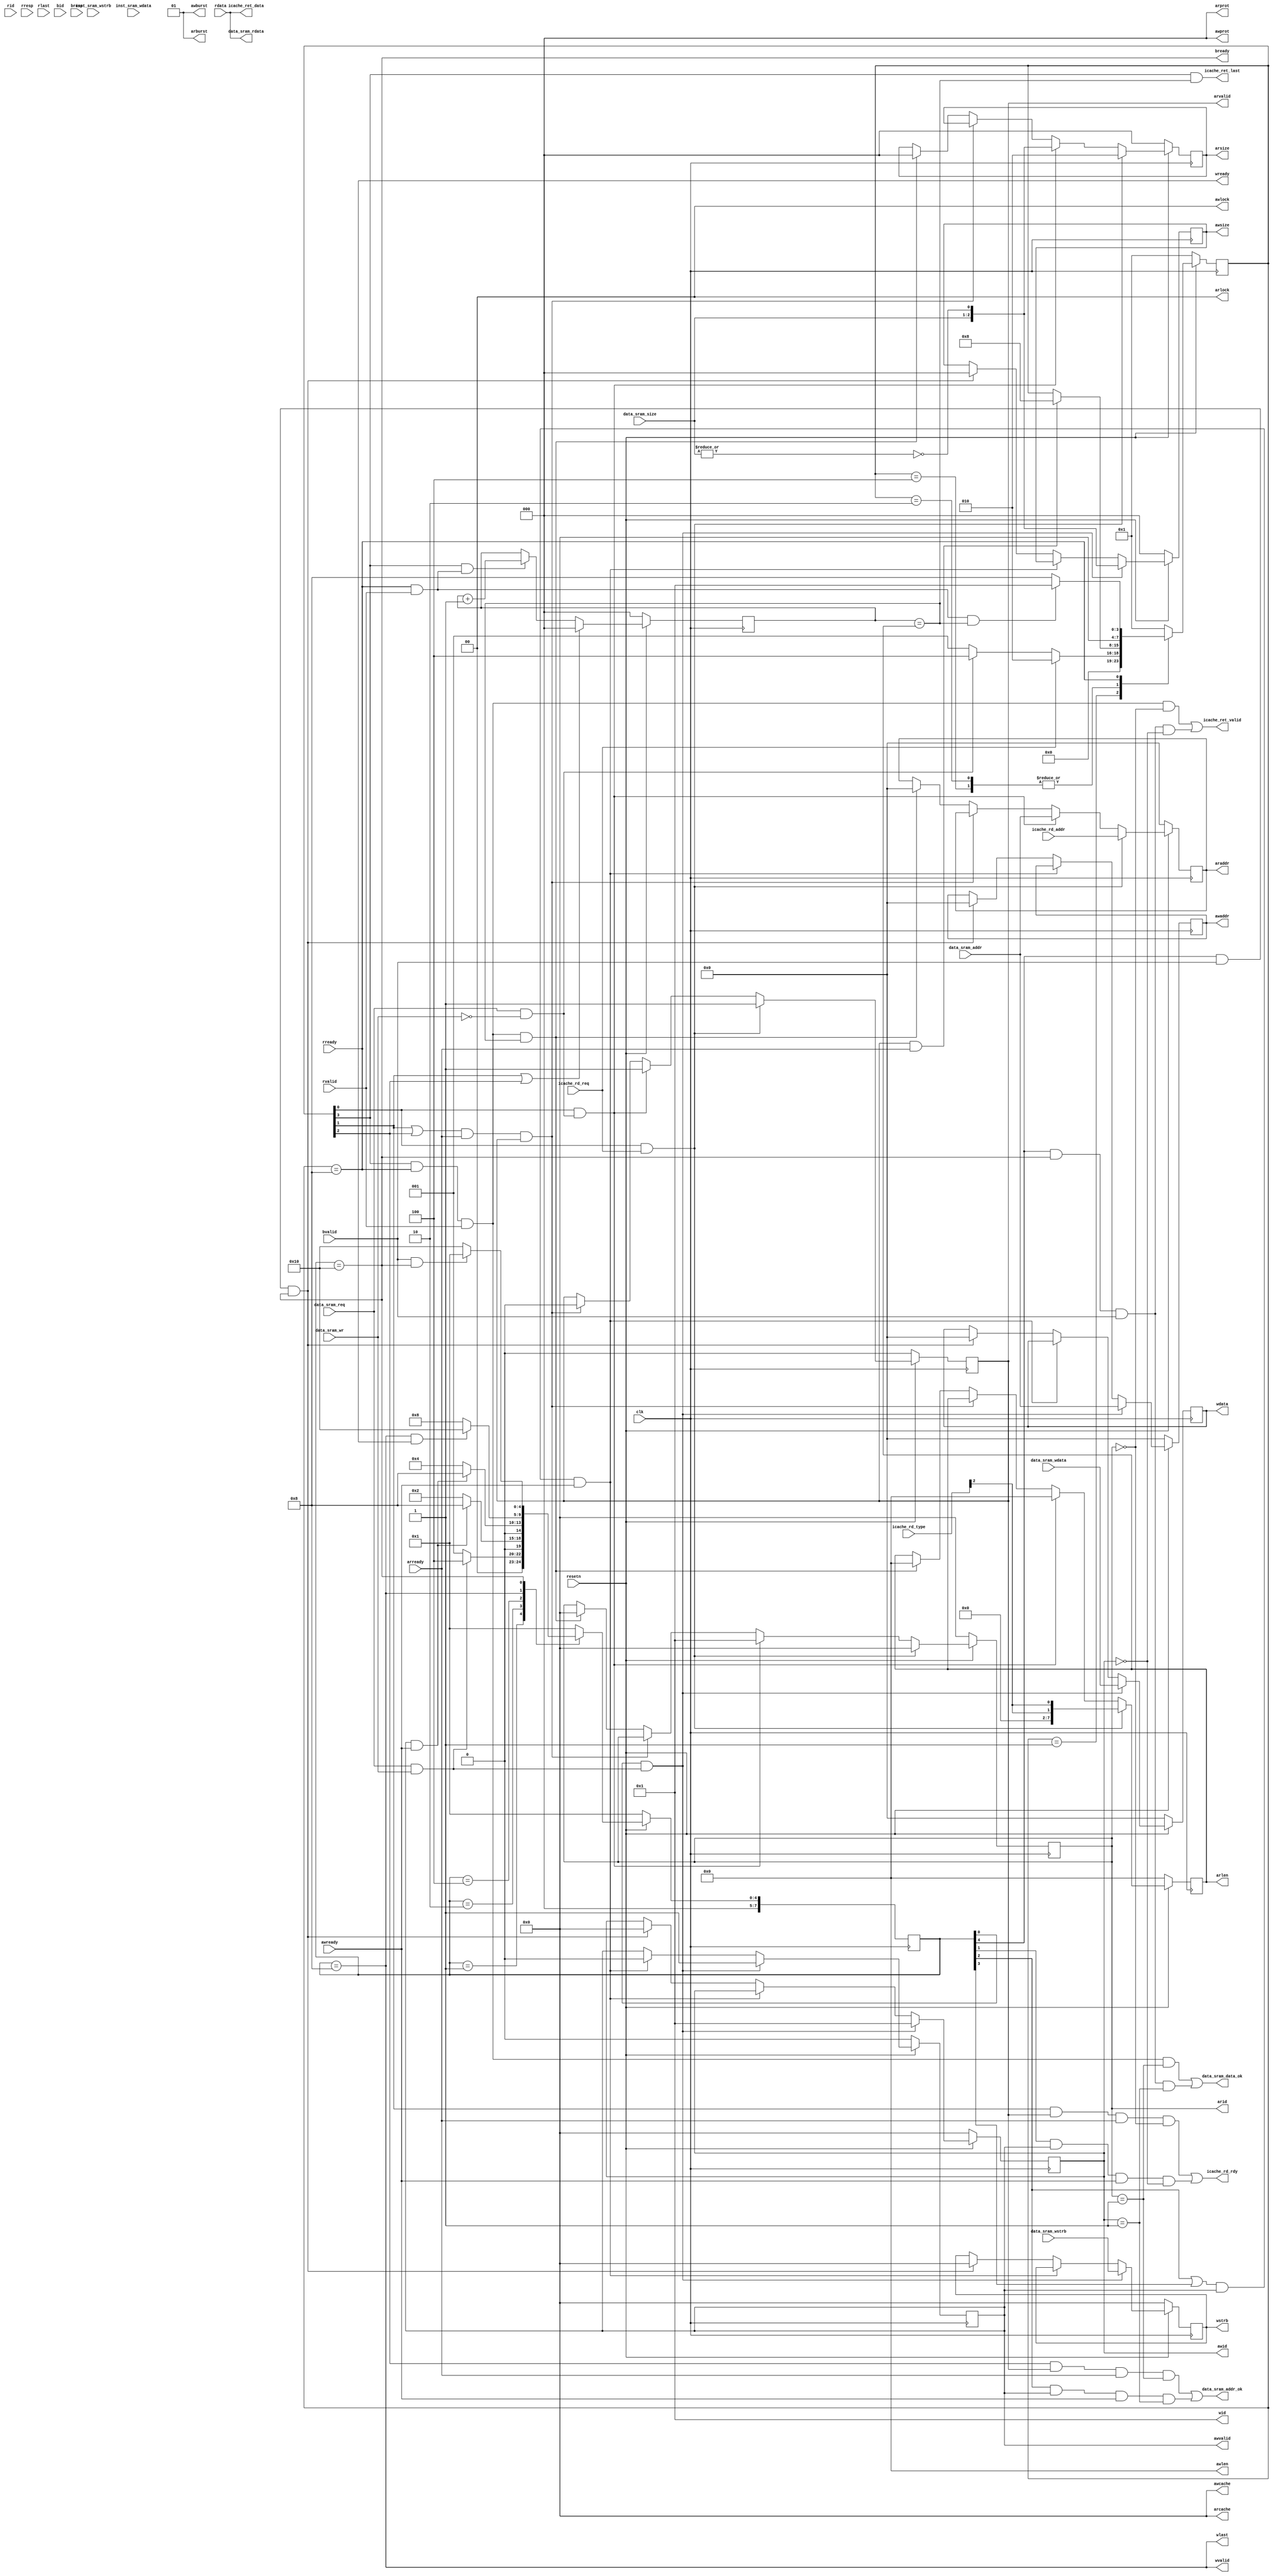
module axi_bridge(
    input         clk,
    input         resetn,
    /*input         inst_sram_req,
    input         inst_sram_wr,
    input  [ 1:0] inst_sram_size,*/
    input  [ 3:0] inst_sram_wstrb,
    /*input  [31:0] inst_sram_addr,*/
    input  [31:0] inst_sram_wdata,
    /*output        inst_sram_addr_ok,
    output        inst_sram_data_ok,
    output [31:0] inst_sram_rdata,*/
    //icache read
    input         icache_rd_req,
    input  [ 2:0] icache_rd_type,
    input  [31:0] icache_rd_addr,
    output        icache_rd_rdy,
    output        icache_ret_valid,
    output        icache_ret_last,
    output [31:0] icache_ret_data,

    input         data_sram_req,
    input         data_sram_wr,
    input  [ 1:0] data_sram_size,
    input  [ 3:0] data_sram_wstrb,
    input  [31:0] data_sram_addr,
    input  [31:0] data_sram_wdata,
    output        data_sram_addr_ok,
    output        data_sram_data_ok,
    output [31:0] data_sram_rdata,
    output [ 3:0] arid,         //id01
    output [31:0] araddr,       //
    output [ 7:0] arlen,        //0
    output [ 2:0] arsize,       //
    output [ 1:0] arburst,      //0b01
    output [ 1:0] arlock,       //0
    output [ 3:0] arcache,      //cache0
    output [ 2:0] arprot,       //0
    output        arvalid,      //
    input         arready,      //slave
    input  [ 3:0] rid,          //idridarid01
    input  [31:0] rdata,        //
    input  [ 1:0] rresp,        //
    input         rlast,        //
    input         rvalid,       //
    input         rready,       //master
    output [ 3:0] awid,         //id1
    output [31:0] awaddr,       //
    output [ 7:0] awlen,        //0
    output [ 2:0] awsize,       //
    output [ 1:0] awburst,      //0b01
    output [ 1:0] awlock,       //0
    output [ 3:0] awcache,      //cache0
    output [ 2:0] awprot,       //0
    output        awvalid,      //
    input         awready,      //slave
    output [ 3:0] wid,          //id1
    output [31:0] wdata,        //
    output [ 3:0] wstrb,        //
    output        wlast,        //1
    output        wvalid,       //
    output        wready,       //slave
    input  [ 3:0] bid,          //idbidwidawid
    input  [ 1:0] bresp,        //
    input         bvalid,       //
    output        bready        //master
);

wire [2:0] asize_data;
wire [2:0] asize_inst;
wire [7:0] inst_rd_len;
assign asize_data = {data_sram_size[1:0], ~(|data_sram_size[1:0])};
// assign asize_inst = {inst_sram_size[1:0], ~(|inst_sram_size[1:0])};
assign asize_inst = 3'd2;
//assign inst_rd_len = {3{icache_rd_type[2]}};
assign inst_rd_len = {6'b0, {2{icache_rd_type[2]}}};


/******************** DECALRATION ********************/

reg [7:0] r_cur_state;
reg [7:0] r_next_state;
reg [7:0] w_cur_state;
reg [7:0] w_next_state;
reg [ 3:0] arid_r;
reg [31:0] araddr_r;
reg [ 7:0] arlen_r;
reg [ 2:0] arsize_r;
reg        arvalid_r;
reg [ 2:0] rd_count;
reg [ 3:0] awid_r;
reg [31:0] awaddr_r;
reg [ 2:0] awsize_r;
reg        awvalid_r;
reg [31:0] wdata_r;
reg [ 3:0] wstrb_r;
wire cpu_inst_read_req;
wire cpu_inst_write_req;
wire cpu_data_read_req;
wire cpu_data_write_req;
/******************** READ STATE MACHINE ********************/

localparam READ_INIT = 8'h01,           //r_cur_state[0]      
           READ_INST_REQ = 8'h02,       //r_cur_state[1]    
           READ_DATA_REQ = 8'h04,       //r_cur_state[2]    
           READ_DONE = 8'h08;           //r_cur_state[3]  

always @(posedge clk) begin
    if(!resetn)
        r_cur_state <= READ_INIT;
    else
        r_cur_state <= r_next_state;
end

always @(*) begin
    case(r_cur_state)
        READ_INIT: begin
            if(cpu_inst_read_req)
                r_next_state = READ_INST_REQ;
            else if(cpu_data_read_req)
                r_next_state = READ_DATA_REQ;
            else
                r_next_state = READ_INIT;
        end
        READ_INST_REQ, READ_DATA_REQ: begin
            if(arvalid_r & arready)
                r_next_state = READ_DONE;
            else
                r_next_state = r_cur_state;
        end
        READ_DONE: begin
            if(rready & rvalid & (rd_count == arlen_r) )
                r_next_state = READ_INIT;
            else 
                r_next_state = READ_DONE;
        end
        default: 
            r_next_state = READ_INIT;
    endcase
end

always @(posedge clk) begin
    if(~resetn) begin
        arid_r <= 4'b0;
        arvalid_r <= 1'b0;
        arsize_r <= 3'b0;
        araddr_r <= 32'b0;
        arlen_r <= 8'b0;
    end
    else if(r_cur_state[0] & cpu_inst_read_req) begin
        arid_r <= 4'b0;
        arvalid_r <= 1'b1;
        arsize_r <= asize_inst;
        araddr_r <= icache_rd_addr;
        arlen_r <= inst_rd_len;
    end
    else if(r_cur_state[0] & cpu_data_read_req) begin
        arid_r <= 4'b1;
        arvalid_r <= 1'b1;
        arsize_r <= asize_data;
        araddr_r <= data_sram_addr;
        arlen_r <= 8'b0;
    end
    else if((r_cur_state[1] | r_cur_state[2]) & arready & arvalid) begin       
        arvalid_r <= 1'b0;
    end
    else if(r_cur_state[3] & rready & rvalid & (rd_count == arlen_r)) begin
        arid_r <= 4'b0;
        arsize_r <= 3'b0;
        araddr_r <= 32'b0;
        arlen_r <= 8'b0;
    end
end

/******************** READ COMBINATIONAL LOGIC ********************/

assign arid = arid_r;
assign araddr = araddr_r;
assign arlen = arlen_r;
assign arsize = arsize_r;
assign arburst = 2'b01;
assign arlock = 2'b0;
assign arcache = 4'b0;
assign arprot = 3'b0;
assign arvalid = arvalid_r;
assign rready = (r_cur_state == READ_DONE);

/******************** READ BURST ********************/
 always @(posedge clk) begin
        if(~resetn)
            rd_count <= 3'b000;
        else if(r_cur_state[1] || r_cur_state[2])
            rd_count <= 3'b000;
        else if(r_cur_state[3] && rready & rvalid)
            rd_count <= rd_count + 3'b001;
    end
/******************** WRITE STATE MACHINE ********************/

localparam WRITE_INIT = 8'h01,          //w_cur_state[0]  
           WRITE_INST_REQ = 8'h02,      //w_cur_state[1]  
           WRITE_DATA_REQ = 8'h04,      //w_cur_state[2]  
           WRITE_DATA_OK = 8'h08,       //w_cur_state[3]  
           WRITE_DONE = 8'h10;          //w_cur_state[4]  

always @(posedge clk) begin
    if(!resetn)
        w_cur_state <= WRITE_INIT;
    else
        w_cur_state <= w_next_state;
end

always @(*) begin
    case(w_cur_state)
        WRITE_INIT: begin
            if(cpu_inst_write_req)
                w_next_state = WRITE_INST_REQ;
            else if(cpu_data_write_req)
                w_next_state = WRITE_DATA_REQ;
            else
                w_next_state = WRITE_INIT;
        end
        WRITE_INST_REQ: begin
            if(awvalid & awready)
                w_next_state = WRITE_DATA_OK;
            else 
                w_next_state = WRITE_INST_REQ;
        end
        WRITE_DATA_REQ: begin
            if(awvalid & awready)
                w_next_state = WRITE_DATA_OK;
            else
                w_next_state = WRITE_DATA_REQ;
        end
        WRITE_DATA_OK: begin
            if(wvalid & wready)
                w_next_state = WRITE_DONE;
            else    
                w_next_state = WRITE_DATA_OK;
        end
        WRITE_DONE: begin
            if(bvalid & bready)
                w_next_state = WRITE_INIT;
            else
                w_next_state = WRITE_DONE;
        end
        default:
            w_next_state = WRITE_INIT;
    endcase
end

always @(posedge clk) begin
    if(~resetn) begin
        awid_r <= 4'b0;
        awaddr_r <= 32'b0;
        awsize_r <= 3'b0;
        awvalid_r <= 1'b0;
        wdata_r <= 32'b0;
        wstrb_r <= 4'b0;
    end
    else if(w_cur_state[0] & cpu_inst_write_req) begin
        awid_r <= 4'b0;
        awaddr_r <= 32'b0;
        awsize_r <= asize_inst;
        awvalid_r <= 1'b1;
        wdata_r <= inst_sram_wdata;
        wstrb_r <= inst_sram_wstrb;
    end
    else if(w_cur_state[0] & cpu_data_write_req) begin
        awid_r <= 4'b1;
        awaddr_r <= data_sram_addr;
        awsize_r <= asize_data;
        awvalid_r <= 1'b1;
        wdata_r <= data_sram_wdata;
        wstrb_r <= data_sram_wstrb;
    end
    else if((w_cur_state[2] | w_cur_state[3]) & awvalid & awready) begin
        awvalid_r <= 1'b0;
    end
    else if(w_cur_state[4] & bvalid & bready) begin
        awid_r <= 4'b0;
        awaddr_r <= 32'b0;
        awsize_r <= 3'b0;
        wdata_r <= 32'b0;
        wstrb_r <= 4'b0; 
    end
end

/******************** WRITE COMBINATIONAL LOGIC ********************/

assign awid = awid_r;
assign awaddr = awaddr_r;
assign awlen = 8'b0;
assign awsize = awsize_r;
assign awburst = 2'b01;
assign awlock = 2'b0;
assign awcache = 4'b0;
assign awprot = 3'b0;
assign awvalid = awvalid_r;
assign wid = 4'b1;
assign wdata = wdata_r;
assign wstrb = wstrb_r;
//assign wlast = 1'b1;
assign wlast = wvalid;
assign wvalid = (w_cur_state == WRITE_DATA_OK);
assign bready = (w_cur_state == WRITE_DONE);

/******************** CPU INTERFACE ********************/

//assign cpu_inst_read_req = inst_sram_req & ~inst_sram_wr;       //wr01
assign cpu_inst_read_req = icache_rd_req;
//assign cpu_inst_write_req = inst_sram_req & inst_sram_wr;
//assign cpu_inst_write_req = icache_wr_req;
assign cpu_inst_write_req = 1'b0;
assign cpu_data_read_req = data_sram_req & ~data_sram_wr;
assign cpu_data_write_req = data_sram_req & data_sram_wr;
assign icache_rd_rdy = (r_cur_state[1] & arvalid & arready & (arid_r == 4'b0)) |
                        (w_cur_state[1] & awvalid & awready & (awid_r == 4'b0));
assign icache_ret_valid = (r_cur_state[3] & rready & rvalid & (arid_r == 4'b0)) |
                        (w_cur_state[4] & bready & bvalid & (awid_r == 4'b0));
assign icache_ret_data = rdata;
assign icache_ret_last = r_cur_state[3] && (rd_count == arlen_r);
assign data_sram_addr_ok = (r_cur_state[2] & arvalid & arready & (arid_r == 4'b1)) |
                        (w_cur_state[2] & awvalid & awready & (awid_r == 4'b1));
assign data_sram_data_ok = (r_cur_state[3] & rready & rvalid & (arid_r == 4'b1)) |
                        (w_cur_state[4] & bready & bvalid & (awid_r == 4'b1));
assign data_sram_rdata = rdata;

endmodule